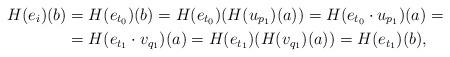
LaTeX: \begin{align*} H(e_i)(b) &= H(e_{t_0})(b) = H(e_{t_0})(H(u_{p_1})(a)) = H(e_{t_0} \cdot u_{p_1})(a) = \mathstrut\\ &= H(e_{t_1} \cdot v_{q_1})(a) = H(e_{t_1})(H(v_{q_1})(a)) = H(e_{t_1})(b), \end{align*}